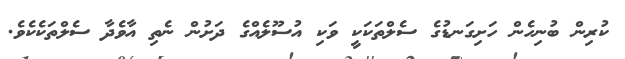
ކުރިން ބުނިހެން ހަށިގަނޑުގެ ސެލްތަކަކީ ވަކި އުސޫލެއްގެ ދަށުން ނެތި އާވެދާ ސެލްތަކެކެވެ.